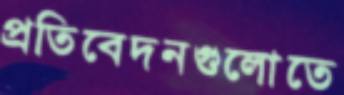
প্রতিবেদনগুলোতে